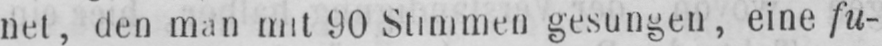
net, den man mit 90 Stimmen gesungen, eine fu-